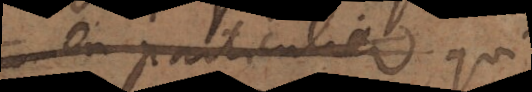
plus particuliere que